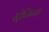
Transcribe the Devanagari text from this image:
स्ट्रेप्सिप्टस